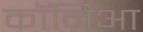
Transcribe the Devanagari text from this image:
कॉर्निआ